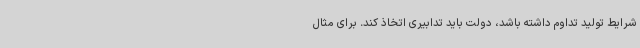
شرایط تولید تداوم داشته باشد، دولت باید تدابیری اتخاذ کند. برای مثال